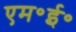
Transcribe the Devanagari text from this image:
एम॰ई॰